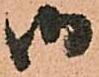
御